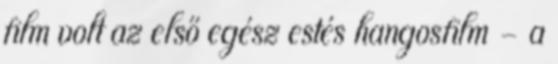
film volt az első egész estés hangosfilm - a